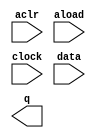
// megafunction wizard: %LPM_COUNTER%VBB%
// GENERATION: STANDARD
// VERSION: WM1.0
// MODULE: LPM_COUNTER 

// ============================================================
// Megafunction Name(s):
// 			LPM_COUNTER
//
// Simulation Library Files(s):
// 			lpm
// ============================================================
// ************************************************************
// THIS IS A WIZARD-GENERATED FILE. DO NOT EDIT THIS FILE!
//
// 17.1.0 Build 590 10/25/2017 SJ Lite Edition
// ************************************************************

//Copyright (C) 2017  Intel Corporation. All rights reserved.
//Your use of Intel Corporation's design tools, logic functions 
//and other software and tools, and its AMPP partner logic 
//functions, and any output files from any of the foregoing 
//(including device programming or simulation files), and any 
//associated documentation or information are expressly subject 
//to the terms and conditions of the Intel Program License 
//Subscription Agreement, the Intel Quartus Prime License Agreement,
//the Intel FPGA IP License Agreement, or other applicable license
//agreement, including, without limitation, that your use is for
//the sole purpose of programming logic devices manufactured by
//Intel and sold by Intel or its authorized distributors.  Please
//refer to the applicable agreement for further details.

module lpm_counter0 (
	aclr,
	aload,
	clock,
	data,
	q);

	input	  aclr;
	input	  aload;
	input	  clock;
	input	[7:0]  data;
	output	[7:0]  q;

endmodule

// ============================================================
// CNX file retrieval info
// ============================================================
// Retrieval info: PRIVATE: ACLR NUMERIC "1"
// Retrieval info: PRIVATE: ALOAD NUMERIC "1"
// Retrieval info: PRIVATE: ASET NUMERIC "0"
// Retrieval info: PRIVATE: ASET_ALL1 NUMERIC "1"
// Retrieval info: PRIVATE: CLK_EN NUMERIC "0"
// Retrieval info: PRIVATE: CNT_EN NUMERIC "0"
// Retrieval info: PRIVATE: CarryIn NUMERIC "0"
// Retrieval info: PRIVATE: CarryOut NUMERIC "0"
// Retrieval info: PRIVATE: Direction NUMERIC "0"
// Retrieval info: PRIVATE: INTENDED_DEVICE_FAMILY STRING "Cyclone IV E"
// Retrieval info: PRIVATE: ModulusCounter NUMERIC "0"
// Retrieval info: PRIVATE: ModulusValue NUMERIC "0"
// Retrieval info: PRIVATE: SCLR NUMERIC "0"
// Retrieval info: PRIVATE: SLOAD NUMERIC "0"
// Retrieval info: PRIVATE: SSET NUMERIC "0"
// Retrieval info: PRIVATE: SSET_ALL1 NUMERIC "1"
// Retrieval info: PRIVATE: SYNTH_WRAPPER_GEN_POSTFIX STRING "0"
// Retrieval info: PRIVATE: nBit NUMERIC "8"
// Retrieval info: PRIVATE: new_diagram STRING "1"
// Retrieval info: LIBRARY: lpm lpm.lpm_components.all
// Retrieval info: CONSTANT: LPM_DIRECTION STRING "UP"
// Retrieval info: CONSTANT: LPM_PORT_UPDOWN STRING "PORT_UNUSED"
// Retrieval info: CONSTANT: LPM_TYPE STRING "LPM_COUNTER"
// Retrieval info: CONSTANT: LPM_WIDTH NUMERIC "8"
// Retrieval info: USED_PORT: aclr 0 0 0 0 INPUT NODEFVAL "aclr"
// Retrieval info: USED_PORT: aload 0 0 0 0 INPUT NODEFVAL "aload"
// Retrieval info: USED_PORT: clock 0 0 0 0 INPUT NODEFVAL "clock"
// Retrieval info: USED_PORT: data 0 0 8 0 INPUT NODEFVAL "data[7..0]"
// Retrieval info: USED_PORT: q 0 0 8 0 OUTPUT NODEFVAL "q[7..0]"
// Retrieval info: CONNECT: @aclr 0 0 0 0 aclr 0 0 0 0
// Retrieval info: CONNECT: @aload 0 0 0 0 aload 0 0 0 0
// Retrieval info: CONNECT: @clock 0 0 0 0 clock 0 0 0 0
// Retrieval info: CONNECT: @data 0 0 8 0 data 0 0 8 0
// Retrieval info: CONNECT: q 0 0 8 0 @q 0 0 8 0
// Retrieval info: GEN_FILE: TYPE_NORMAL lpm_counter0.v TRUE
// Retrieval info: GEN_FILE: TYPE_NORMAL lpm_counter0.inc FALSE
// Retrieval info: GEN_FILE: TYPE_NORMAL lpm_counter0.cmp FALSE
// Retrieval info: GEN_FILE: TYPE_NORMAL lpm_counter0.bsf TRUE
// Retrieval info: GEN_FILE: TYPE_NORMAL lpm_counter0_inst.v FALSE
// Retrieval info: GEN_FILE: TYPE_NORMAL lpm_counter0_bb.v TRUE
// Retrieval info: LIB_FILE: lpm